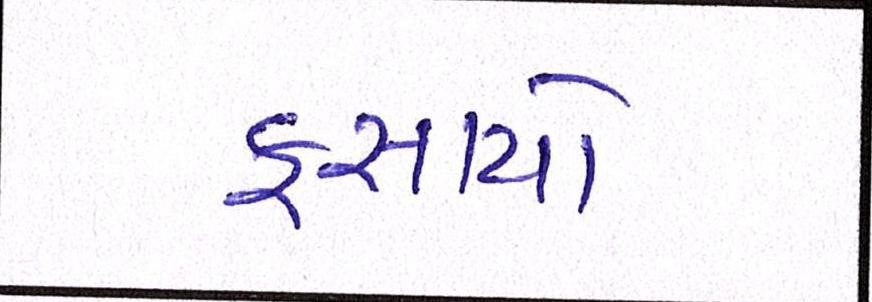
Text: ફસાયો